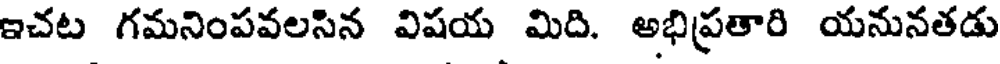
ఇచట గమనింపవలసిన విషయ మిది. అభిప్రతారి యనునతడు